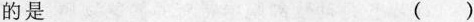
的是 （ ）